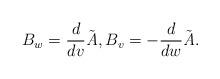
LaTeX: \begin{align*}B_{w}={\frac{d}{dv}}\tilde{{\it A}}, B_{v}=-{\frac{d}{dw}}\tilde{{\it A}}.\end{align*}